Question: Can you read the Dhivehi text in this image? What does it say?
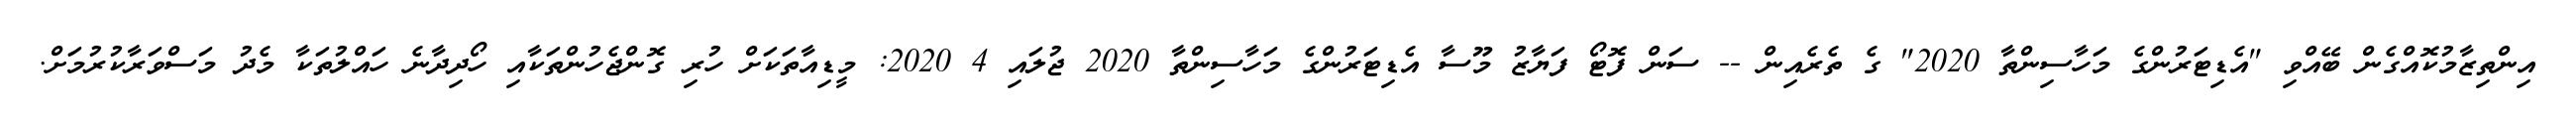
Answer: އިންތިޒާމުކޮއްގެން ބޭއްވި "އެޑިޓަރުންގެ މަހާސިންތާ 2020" ގެ ތެރެއިން -- ސަން ފޮޓޯ ފަޔާޒު މޫސާ އެޑިޓަރުންގެ މަހާސިންތާ 2020 ޖުލައި 4 2020: މީޑިއާތަކަށް ހުރި ގޮންޖެހުންތަކާއި ހޯދިދާނެ ހައްލުތަކާ މެދު މަސްވަރާކުރުމަށް.